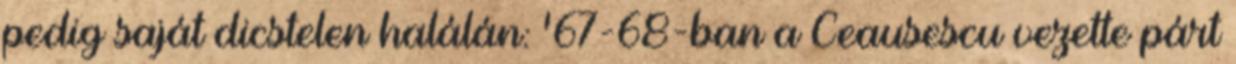
pedig saját dicstelen halálán: ’67-68-ban a Ceausescu vezette párt